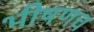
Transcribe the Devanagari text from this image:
भीषणच